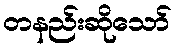
တနည်းဆိုသော်